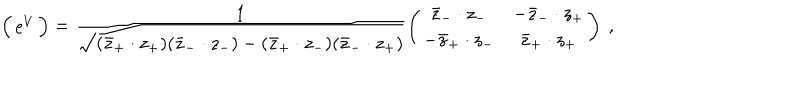
LaTeX: \Big ( \begin{array} { c c } { { \mathrm { e } ^ { V } } } \\ \end{array} \Big ) = \frac 1 { \sqrt { ( \bar { z } _ { + } \cdot z _ { + } ) ( \bar { z } _ { - } \cdot z _ { - } ) - ( \bar { z } _ { + } \cdot z _ { - } ) ( \bar { z } _ { - } \cdot z _ { + } ) } } \left( \begin{array} { c c } { { \bar { z } _ { - } \cdot z _ { - } } } & { { - \bar { z } _ { - } \cdot z _ { + } } } \\ { { - \bar { z } _ { + } \cdot z _ { - } } } & { { \bar { z } _ { + } \cdot z _ { + } } } \\ \end{array} \right) \ ,